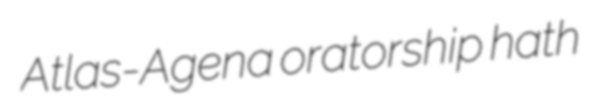
Atlas-Agena oratorship hath